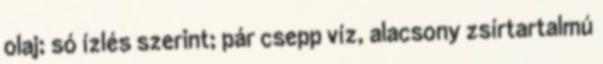
olaj; só ízlés szerint; pár csepp víz, alacsony zsírtartalmú